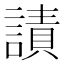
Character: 謮